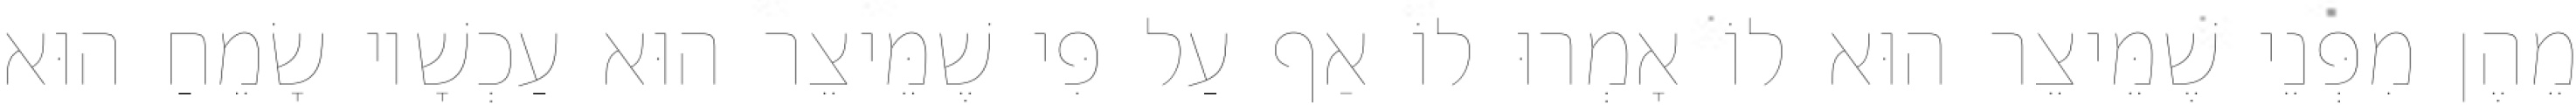
מֵהֶן מִפְּנֵי שֶׁמֵּיצֵר הוּא לוֹ אָמְרוּ לוֹ אַף עַל פִּי שֶׁמֵּיצֵר הוּא עַכְשָׁיו שָׂמֵחַ הוּא